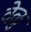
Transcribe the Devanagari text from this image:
वेळु